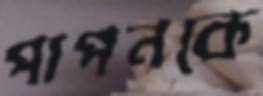
পাপনকে